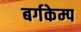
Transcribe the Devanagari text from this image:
बर्गकेम्प